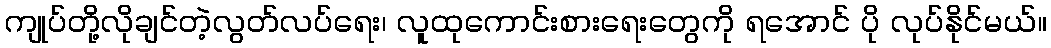
ကျုပ်တို့လိုချင်တဲ့လွတ်လပ်ရေး၊ လူထုကောင်းစားရေးတွေကို ရအောင် ပို လုပ်နိုင်မယ်။